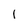
Character: I